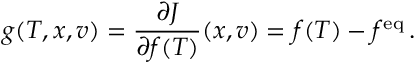
g ( T , x , v ) = \frac { \partial J } { \partial f ( T ) } ( x , v ) = f ( T ) - f ^ { \mathrm { e q } } \, .